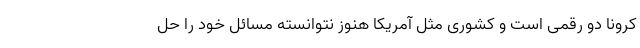
کرونا دو رقمی است و کشوری مثل آمریکا هنوز نتوانسته مسائل خود را حل